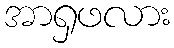
အာရှဖလား